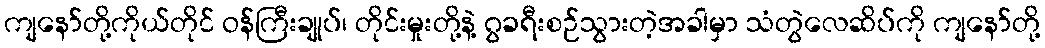
ကျနော်တို့ကိုယ်တိုင် ဝန်ကြီးချုပ်၊ တိုင်းမှုးတို့နဲ့ ဂွခရီးစဉ်သွားတဲ့အခါမှာ သံတွဲလေဆိပ်ကို ကျနော်တို့